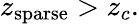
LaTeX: z_{\mathrm{sparse}}>z_{c}.